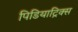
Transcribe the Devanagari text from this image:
पिडियाट्रिक्स